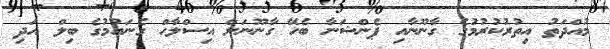
މުއްދަތު އިތުރުކުރުމުގެ ގާނޫނާއި ޕެންޝަނާ ބެހޭ ގާނޫނަށް އިސްލާހް ގެނައުމުގެ ބިލް އަދި